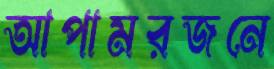
আপামরজনে